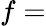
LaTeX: \mathnormal{f}=